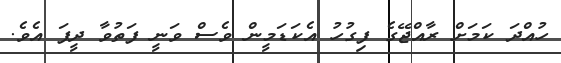
ހުއްދަ ކަމަށް ރާއްޖޭގެ ފިގުހު އެކަޑަމީން ވެސް ވަނީ ފަތުވާ ދީފަ އެވެ.